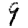
Digit: 9